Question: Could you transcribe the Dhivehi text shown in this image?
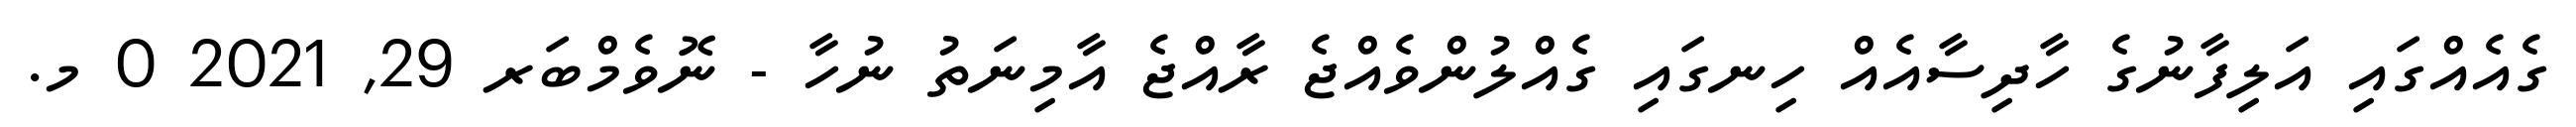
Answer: ގެއެއްގައި އަލިފާނުގެ ހާދިސާއެއް ހިނގައި ގެއްލުންވެއްޖެ ރާއްޖެ އާމިނަތު ނުހާ - ނޮވެމްބަރ 29, 2021 0 މ.